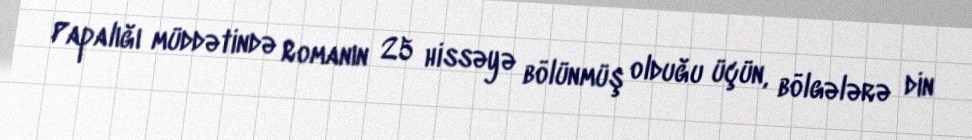
Papalığı müddətində Romanın 25 hissəyə bölünmüş olduğu üçün, bölgələrə din